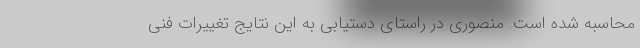
محاسبه شده است. منصوری در راستای دستیابی به این نتایج تغییرات فنی